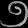
Digit: ၅